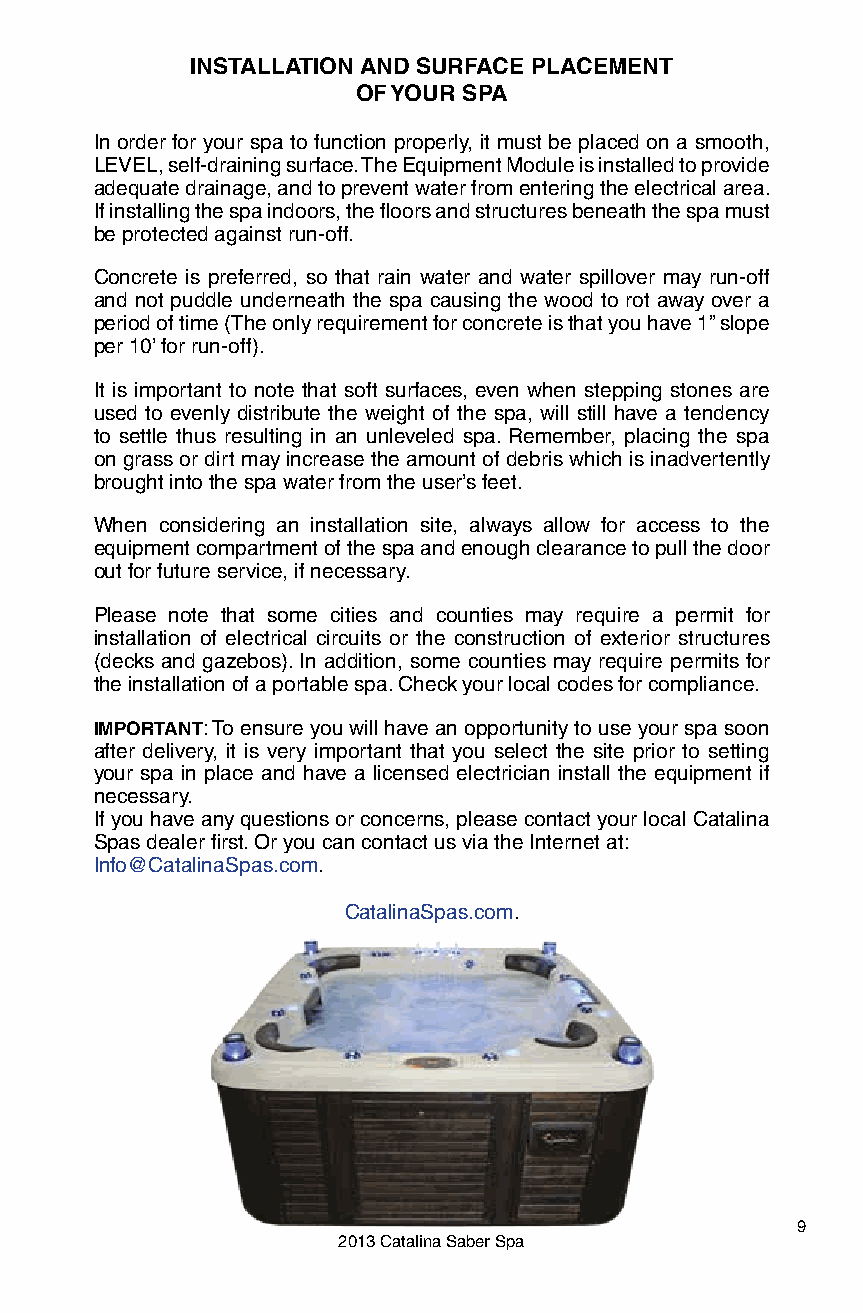
INSTALLATION AND SURFACE PLACEMENT
 OF YOUR SPA
 In order for your spa to function properly, it must be placed on a smooth,
 LEVEL, self-draining surface. The Equipment Module is installed to provide
 adequate drainage, and to prevent water from entering the electrical area.
 If installing the spa indoors, the floors and structures beneath the spa must
 be protected against run-off.
 Concrete is preferred, so that rain water and water spillover may run-off
 and not puddle underneath the spa causing the wood to rot away over a
 period of time (The only requirement for concrete is that you have 1” slope
 per 10’ for run-off).
 It is important to note that soft surfaces, even when stepping stones are
 used to evenly distribute the weight of the spa, will still have a tendency
 to settle thus resulting in an unleveled spa. Remember, placing the spa
 on grass or dirt may increase the amount of debris which is inadvertently
 brought into the spa water from the user’s feet.
 When considering an installation site, always allow for access to the
 equipment compartment of the spa and enough clearance to pull the door
 out for future service, if necessary.
 Please note that some cities and counties may require a permit for
 installation of electrical circuits or the construction of exterior structures
 (decks and gazebos). In addition, some counties may require permits for
 the installation of a portable spa. Check your local codes for compliance.
 IMPORTANT: To ensure you will have an opportunity to use your spa soon
 after delivery, it is very important that you select the site prior to setting
 your spa in place and have a licensed electrician install the equipment if
 necessary.
 If you have any questions or concerns, please contact your local Catalina
 Spas dealer first. Or you can contact us via the Internet at:
 Info@CatalinaSpas.com.
 CatalinaSpas.com.
 9
 2013 Catalina Saber Spa